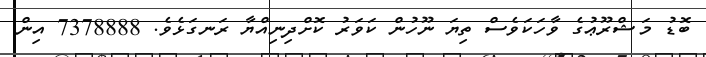
ބޮޑު މަޝްރޫޢުގެ ވާހަކަވެސް ތިޔަ ނޫހުން ކަވަރު ކޮށްދިނިއްޔާ ރަނގަޅެވެ. 7378888 އިން